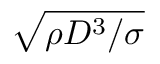
\sqrt { \rho D ^ { 3 } / \sigma }